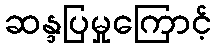
ဆန္ဒပြမှုကြောင့်